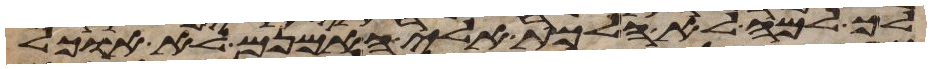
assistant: לך למה לא הלכת אלי האמנם לא אוכל